Lunatic asylums Bombay report 1878-1890 - 1878-1890
Year: 1878
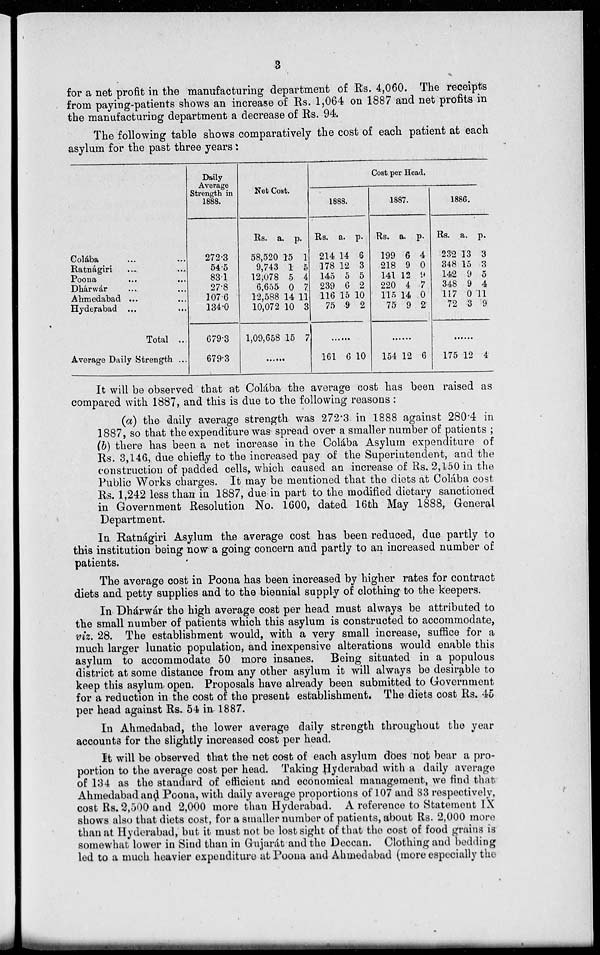
3
for a net profit in the manufacturing department of Rs. 4,060. The receipts
from paying-patients shows an increase of Rs. 1,064 on 1887 and net profits in
the manufacturing department a decrease of Rs. 94.
The following table shows comparatively the cost of each patient at each
asylum for the past three years:
Colába ... ...
Ratnágiri ... ...
Poona ... ...
Dhárwár ... ...
Ahmedabad ... ...
Hyderabad ... ...
Total ...
Average Daily Strength ...
Daily
Average
Strength in
1888.
272.3
54.5
83.1
27.8
107.6
134.0
679.3
679.3
Net Cost.
Rs.
58,520
9,743
12,078
6,655
12,588
10,072
1,09,658
a.
15
1
5
0
14
10
15
p.
1
5
4
7
11
3
7
......
Cost per Head.
1888.
Rs.
214
178
145
239
116
75
a.
14
12
5
6
15
9
p.
6
3
5
2
10
2
......
161 6 10
1887.
Rs.
199
218
141
220
115
75
a.
6
9
12
4
14
9
p.
4
0
9
7
0
2
......
154 12 6
1886.
Rs.
232
348
142
348
117
72
a.
13
15
9
9
0
3
p.
3
3
5
4
11
9
......
175 12 4
It will be observed that at Colába the average cost has been raised as
compared with 1887, and this is due to the following reasons :
(a) the daily average strength was 272.3 in 1888 against 280.4 in
1887, so that the expenditure was spread over a smaller number of patients ;
(b) there has been a net increase in the Colába Asylum expenditure of
Rs. 3,146, due chiefly to the increased pay of the Superintendent, and the
construction of padded cells, which caused an increase of Rs. 2,150 in the
Public Works charges. It may be mentioned that the diets at Colába cost
Rs. 1,242 less than in 1887, due in part to the modified dietary sanctioned
in Government Resolution No. 1600, dated 16th May 1888, General
Department.
In Ratnágiri Asylum the average cost has been reduced, due partly to
this institution being now a going concern and partly to an increased number of
patients.
The average cost in Poona has been increased by higher rates for contract
diets and petty supplies and to the biennial supply of clothing to the keepers.
In Dhárwár the high average cost per head must always be attributed to
the small number of patients which this asylum is constructed to accommodate,
viz. 28. The establishment would, with a very small increase, suffice for a
much larger lunatic population, and inexpensive alterations would enable this
asylum to accommodate 50 more insanes. Being situated in a populous
district at some distance from any other asylum it will always be desirable to
keep this asylum open. Proposals have already been submitted to Government
for a reduction in the cost of the present establishment. The diets cost Rs. 45
per head against Rs. 54 in 1887.
In Ahmedabad, the lower average daily strength throughout the year
accounts for the slightly increased cost per head.
It will be observed that the net cost of each asylum does not bear a pro-
portion to the average cost per head. Taking Hyderabad with a daily average
of 134 as the standard of efficient and economical management, we find that
Ahmedabad and Poona, with daily average proportions of 107 and 83 respectively,
cost Rs. 2,500 and 2,000 more than Hyderabad. A reference to Statement IX
shows also that diets cost, for a smaller number of patients, about Rs. 2,000 more
than at Hyderabad, but it must not be lost sight of that the cost of food grains is
somewhat lower in Sind than in Gujarát and the Deccan. Clothing and bedding
led to a much heavier expenditure at Poona and Ahmedabad (more especially the